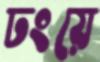
ঢংয়ে